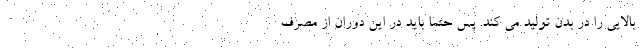
بالایی را در بدن تولید می کند. پس حتماً باید در این دوران از مصرف